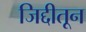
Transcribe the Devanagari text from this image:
जिद्दीतून